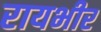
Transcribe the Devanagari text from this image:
रायभीर